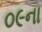
૦૯ના